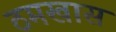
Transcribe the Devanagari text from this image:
ठमखास